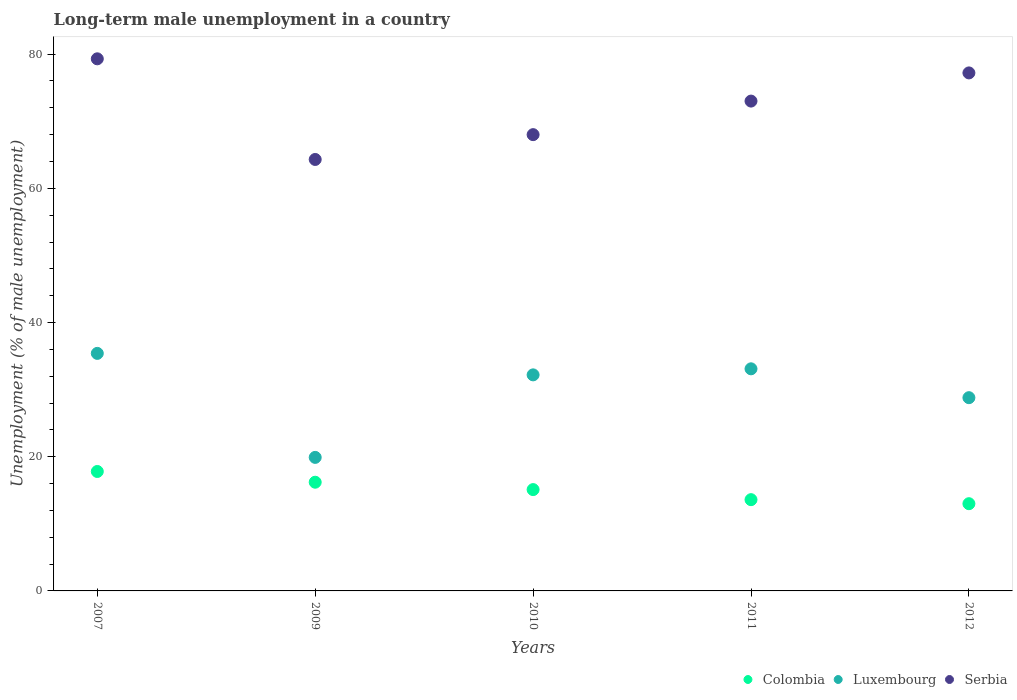
| Years | Colombia | Luxembourg | Serbia |
 | --- | --- | --- | --- |
 | 2007 | 17.8 | 35.4 | 79.3 |
 | 2009 | 16.2 | 19.9 | 64.3 |
 | 2010 | 15.1 | 32.2 | 68 |
 | 2011 | 13.6 | 33.1 | 73 |
 | 2012 | 13 | 28.8 | 77.2 |